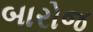
બારોજ